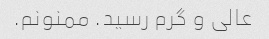
عالی و گرم رسید. ممنونم.